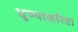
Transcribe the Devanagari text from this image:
धुण्याकरिता